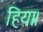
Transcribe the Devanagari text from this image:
हिया।